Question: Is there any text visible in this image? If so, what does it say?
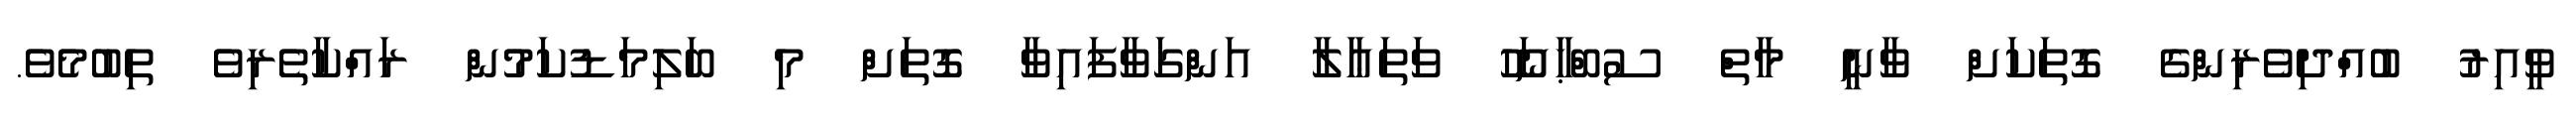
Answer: ވީއިރު ބުއްދިވެރިންގެ ގޮތަކަށް ވާނީ މާތް ސުބްޙާނަހޫ ވަތަޢާލާ އަންގަވާފައިވާ ގޮތަށް މި ބަލިމަޑުކަމުން ރައްކާތެރިވެ ތިބުމެވެ.